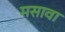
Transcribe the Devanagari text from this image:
मसावा